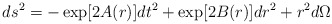
\begin{align*}ds^2 = -\exp [2A(r)] dt^2 + \exp[2B(r)] dr^2 + r^2 d\Omega\end{align*}